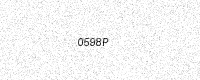
Text: 0598P